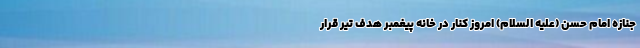
جنازه امام حسن (علیه السلام) امروز کنار در خانه پیغمبر هدف تیر قرار